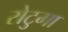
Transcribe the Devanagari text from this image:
रोटुमा